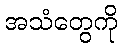
အသံတွေကို